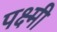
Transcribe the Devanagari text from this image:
पक्ष्मी